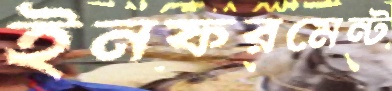
ইনফরমেন্ট